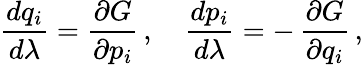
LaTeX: {\frac{dq_{i}}{d\lambda}}={\frac{\partial G}{\partial p_{i}}}\, ,\quad{\frac{dp_{i}}{d\lambda}}=-\, {\frac{\partial G}{\partial q_{i}}}\, ,